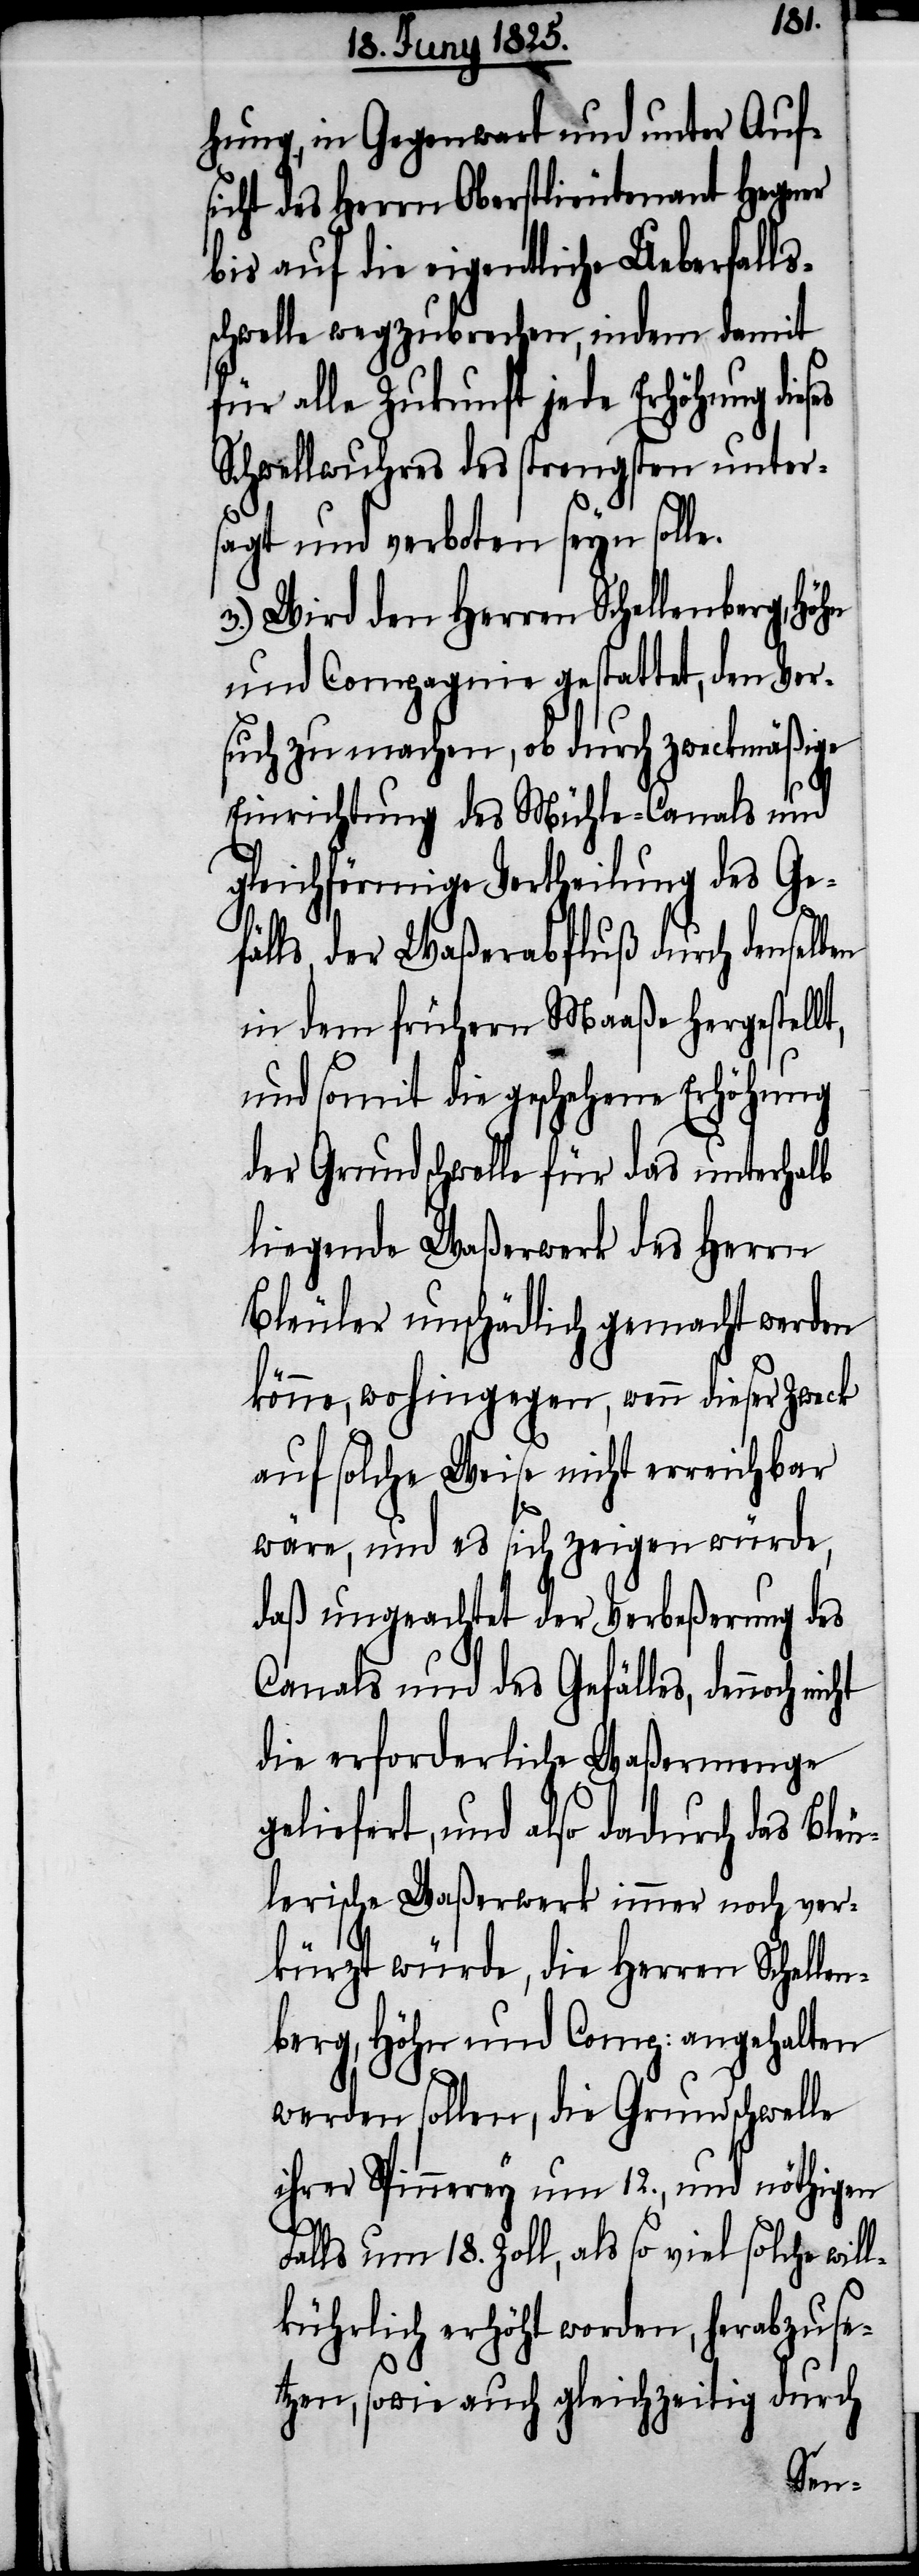
hung, in Gegenwart und unter Auf¬
sicht des Herrn Oberstlieutenant Heg[?n¬
bis auf die eigentliche Ueberfalls¬
schwelle wegzubrechen, indem damit
für alle Zukunft jede Erhöhung
Schwellwuhres des strengsten unter¬
sagt und verboten seyn solle.
3.) Wird den Herren Schellenberg,
und Compagnie gestattet, den Ver¬
such zu machen, ob durch zweckmäßige
Einrichtung des Mühle-Canals und
gleichförmige Vertheilung des Ge¬
fälls, der Waßerabfluß durch denselben
in dem frühern Maaße hergestellt,
und somit die geschehene Erhöhung
der Grundschwelle für das unterhalb
liegende Waßerwerk des Herrn
Bleuler unschädlich gemacht werden
könne, wohingegen, wenn dieser Zweck
auf solche Weise nicht erreichbar
wäre, und es sich zeigen würde,
daß ungeachtet der Verbeßerung des
Canals und des Gefälles, dennoch
die erforderliche Waßermenge
geliefert, und also dadurch das Bleu¬
lerische Waßerwerk immer noch ver¬
kürzt würde, die Herren Schellen¬
berg, Höhn und Comp: angehalten
werden sollen, die Grundschwelle
ihrer Spinnerey um 12., und nöthigen
Falls um 18. Zoll, also viel solche wil¬
lkührlich erhöht worden, herabzuse¬
tzen, sowie auch gleichzeitig durch
er]